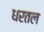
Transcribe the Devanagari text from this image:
धरतल